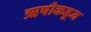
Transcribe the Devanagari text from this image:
ऋषीकडून